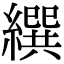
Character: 繏